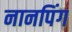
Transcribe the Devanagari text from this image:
नानपिंग